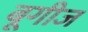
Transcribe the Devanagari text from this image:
बूगीज